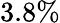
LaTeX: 3.8\%